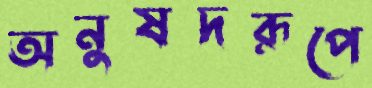
অনুষদরূপে